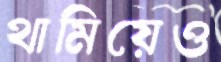
থামিয়েও